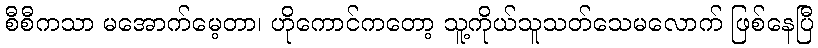
စီစီကသာ မအောက်မေ့တာ၊ ဟိုကောင်ကတော့ သူ့ကိုယ်သူသတ်သေမလောက် ဖြစ်နေပြီ